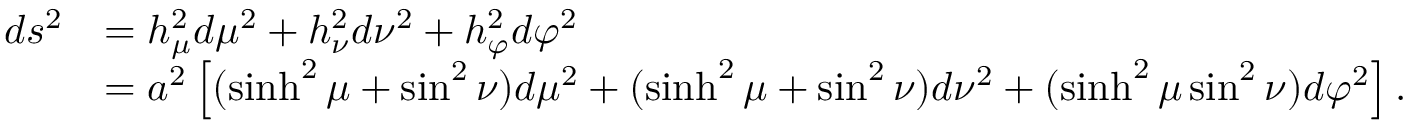
{ \begin{array} { r l } { d s ^ { 2 } } & { = h _ { \mu } ^ { 2 } d \mu ^ { 2 } + h _ { \nu } ^ { 2 } d \nu ^ { 2 } + h _ { \varphi } ^ { 2 } d \varphi ^ { 2 } } \\ & { = a ^ { 2 } \left[ ( \sinh ^ { 2 } \mu + \sin ^ { 2 } \nu ) d \mu ^ { 2 } + ( \sinh ^ { 2 } \mu + \sin ^ { 2 } \nu ) d \nu ^ { 2 } + ( \sinh ^ { 2 } \mu \sin ^ { 2 } \nu ) d \varphi ^ { 2 } \right] . } \end{array} }